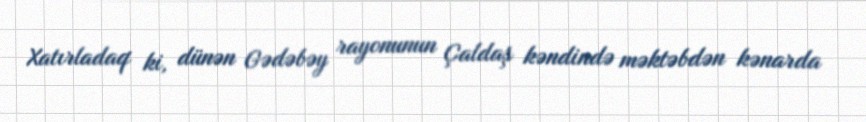
Xatırladaq ki, dünən Gədəbəy rayonunun Çaldaş kəndində məktəbdən kənarda